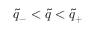
\tilde { q } _ { - } < \tilde { q } < \tilde { q } _ { + }